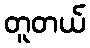
တူတယ်